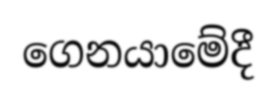
ගෙනයාමේදී